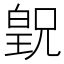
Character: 𪾂